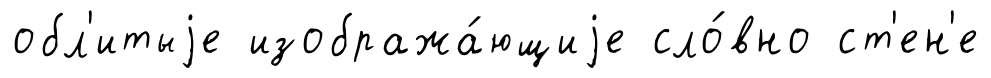
обл'итыjе изобража́ющиjе сло́вно ст'ен'е